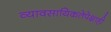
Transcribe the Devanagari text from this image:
व्यावसायिकतेपेक्षाही